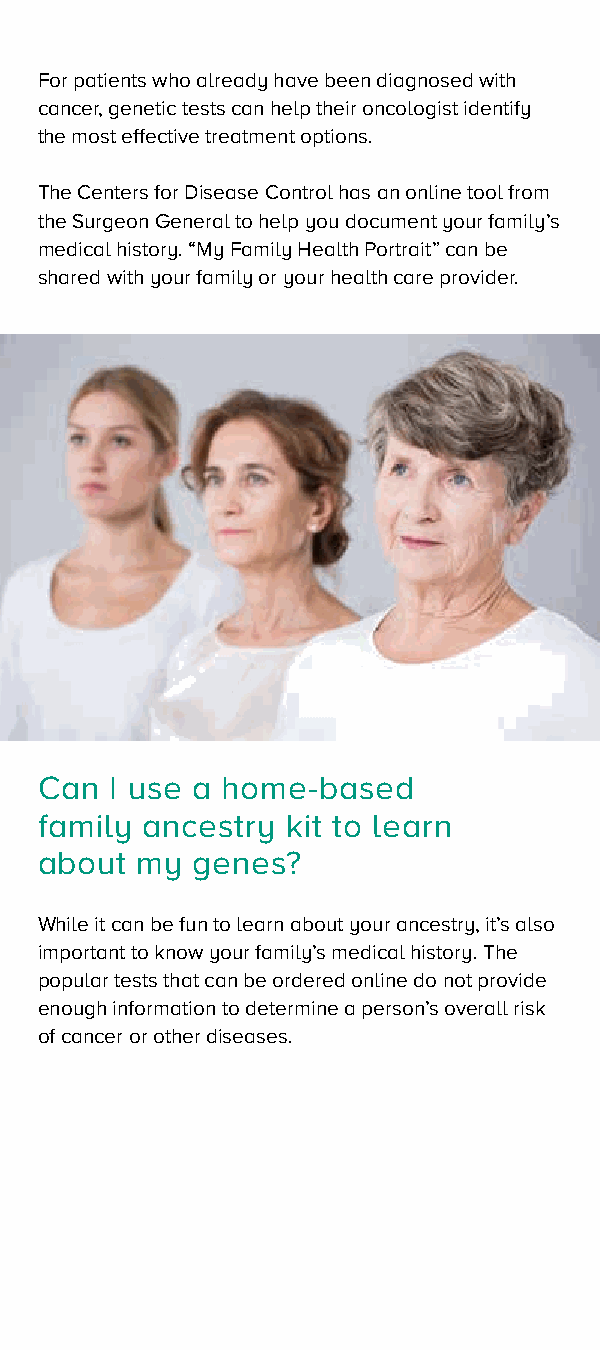
For patients who already have been diagnosed with
 cancer, genetic tests can help their oncologist identify
 the most effective treatment options.
 The Centers for Disease Control has an online tool from
 the Surgeon General to help you document your family’s
 medical history. “My Family Health Portrait” can be
 shared with your family or your health care provider.
 Can  I use a home-based
 family ancestry  kit to learn
 about  my  genes?
 While it can be fun to learn about your ancestry, it’s also
 important to know your family’s medical history. The
 popular tests that can be ordered online do not provide
 enough information to determine a person’s overall risk
 of cancer or other diseases.